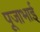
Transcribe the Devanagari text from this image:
पूजाभाई